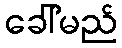
ခေါ်မည်